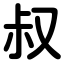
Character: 叔